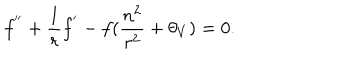
LaTeX: f ^ { ' ^ { \prime } } + \frac { 1 } { r } f ^ { ' } - f ( \frac { n ^ { 2 } } { r ^ { 2 } } + \theta _ { V } ) = 0 .